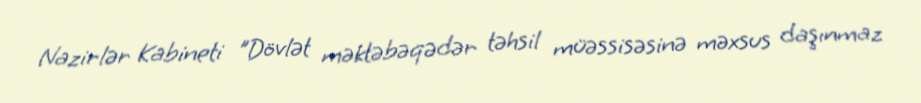
Nazirlər Kabineti "Dövlət məktəbəqədər təhsil müəssisəsinə məxsus daşınmaz